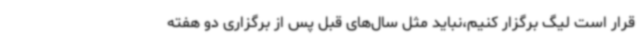
قرار است لیگ برگزار کنیم،نباید مثل سال‌های قبل پس از برگزاری دو هفته